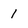
Character: 1